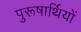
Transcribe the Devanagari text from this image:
पुरूषार्थियों